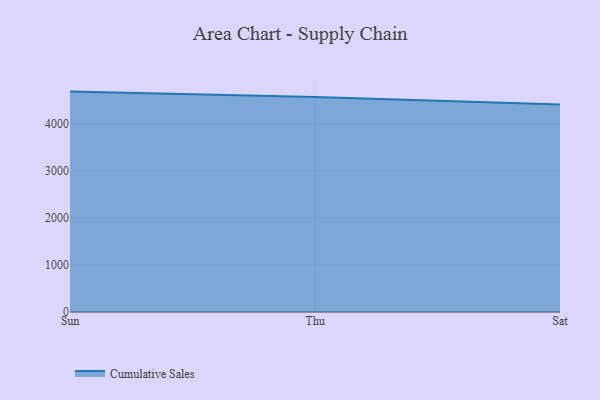
{"axis": {"x": "Day", "y": "Conversion Rate (%)"}, "legend": ["Cumulative Sales"], "data": [{"x": "Sun", "y": 4682.8, "type": "Cumulative Sales"}, {"x": "Thu", "y": 4567.1, "type": "Cumulative Sales"}, {"x": "Sat", "y": 4407.4, "type": "Cumulative Sales"}]}